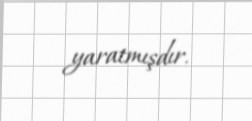
yaratmışdır.